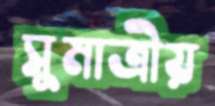
সুমাত্রীয়